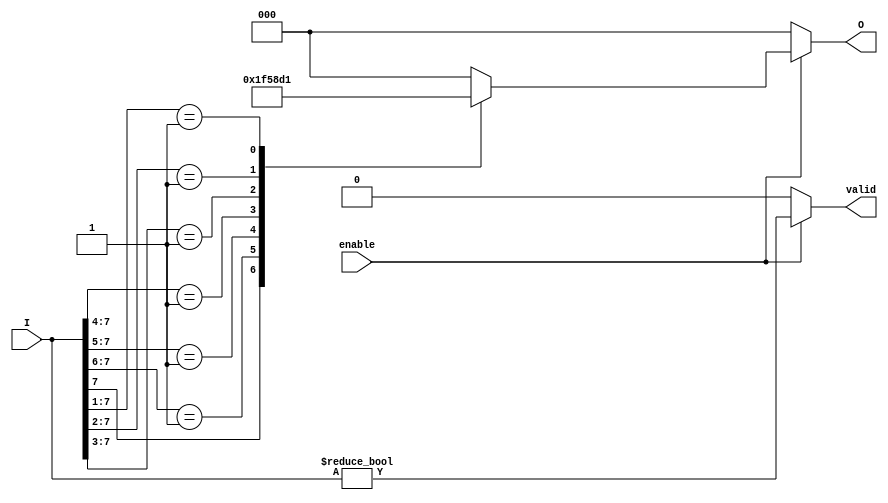
module encoder_8to3 (
    input wire [7:0] I,       // 8 input lines
    input wire enable,        // Enable signal
    output reg [2:0] O,       // 3 output lines
    output reg valid          // Output valid signal
);

// Priority encoding logic
always @(*) begin
    if (!enable) begin
        O = 3'b000;           // If not enabled, output is 000
        valid = 0;            // Invalid output
    end else begin
        casez (I)             // Using casez to handle don't-care conditions
            8'b1??????? : O = 3'b111;   // I7 active
            8'b01?????? : O = 3'b110;   // I6 active
            8'b001????? : O = 3'b101;   // I5 active
            8'b0001???? : O = 3'b100;   // I4 active
            8'b00001??? : O = 3'b011;   // I3 active
            8'b000001?? : O = 3'b010;   // I2 active
            8'b0000001? : O = 3'b001;   // I1 active
            8'b00000001 : O = 3'b000;   // I0 active
            default: O = 3'b000;          // All inputs inactive
        endcase
        valid = (I != 8'b00000000); // Set valid if any input is active
    end
end

endmodule